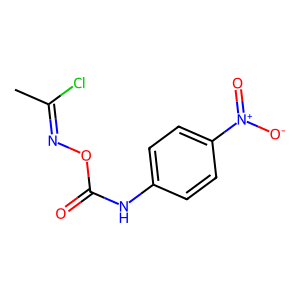
SMILES: CC(Cl)=NOC(=O)Nc1ccc([N+](=O)[O-])cc1
Inhibits HIV replication: No